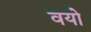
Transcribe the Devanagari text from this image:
वयो